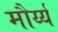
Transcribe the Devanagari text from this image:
मौर्य्य